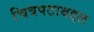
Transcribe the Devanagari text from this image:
चित्रपटाबद्दल